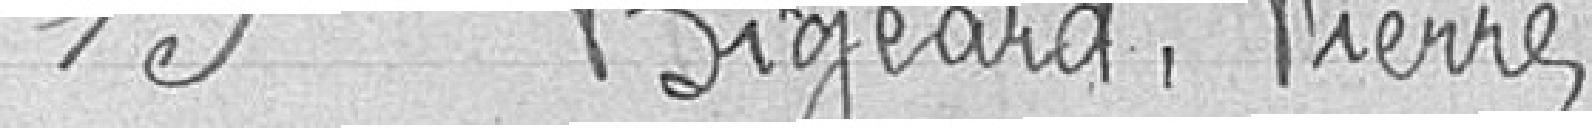
15 Bigeard, Pierre